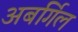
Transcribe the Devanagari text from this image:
अबर्गिल